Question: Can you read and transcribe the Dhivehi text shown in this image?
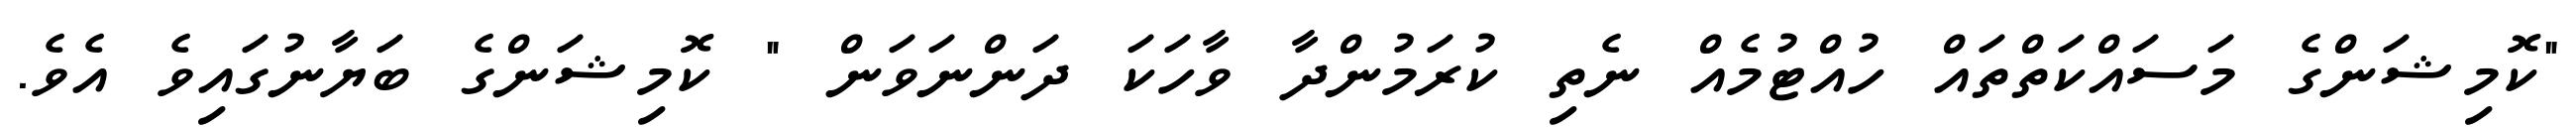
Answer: "ކޮމިޝަންގެ މަސައްކަތްތައް ހުއްޓުމެއް ނެތި ކުރަމުންދާ ވާހަކަ ދަންނަވަން " ކޮމިޝަންގެ ބަޔާނުގައިވެ އެވެ.